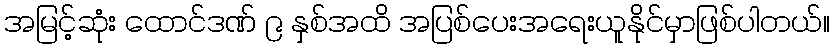
အမြင့်ဆုံး ထောင်ဒဏ် ၉ နှစ်အထိ အပြစ်ပေးအရေးယူနိုင်မှာဖြစ်ပါတယ်။